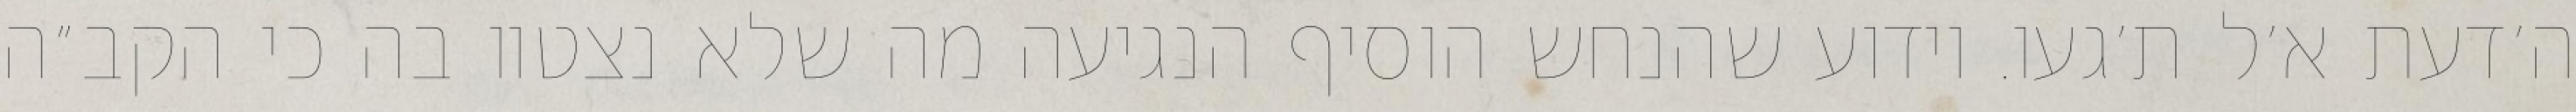
ה׳דעת א׳ל ת׳געו. וידוע שהנחש הוסיף הנגיעה מה שלא נצטוו בה כי הקב״ה